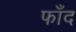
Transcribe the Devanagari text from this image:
फाँद